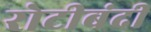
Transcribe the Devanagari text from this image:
रोटीबंदी